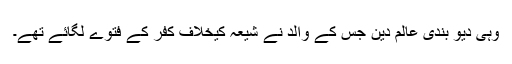
وہی دیو بندی عالم دین جس کے والد نے شیعہ کیخلاف کفر کے فتوے لگائے تھے۔